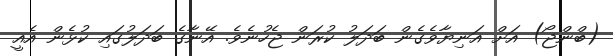
(ބްންޖޯ) އަށް އަނިޔާވެގެން ބަދަލު ކުރަން ޖެހުނެވެ. އޭނާގެ ބަދަލުގައި ކުޅެން އެއީ